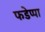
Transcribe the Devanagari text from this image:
फडेप्पा